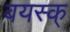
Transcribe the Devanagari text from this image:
वयस्क्